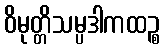
ဝိမုတ္တိသမ္ပဒါကထဉ္စ